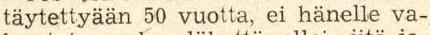
täytettyään 50 vuotta, ei hänelle va-